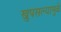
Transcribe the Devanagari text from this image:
खुपसल्यामुळे